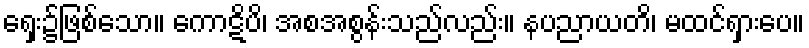
ရှေး၌ဖြစ်သော။ ကောဋိပိ၊ အစအစွန်းသည်လည်း။ နပညာယတိ၊ မထင်ရှားပေ။